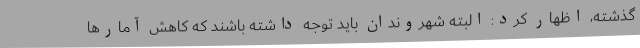
گذشته، اظهار کرد: البته شهروندان باید توجه داشته باشند که کاهش آمارها